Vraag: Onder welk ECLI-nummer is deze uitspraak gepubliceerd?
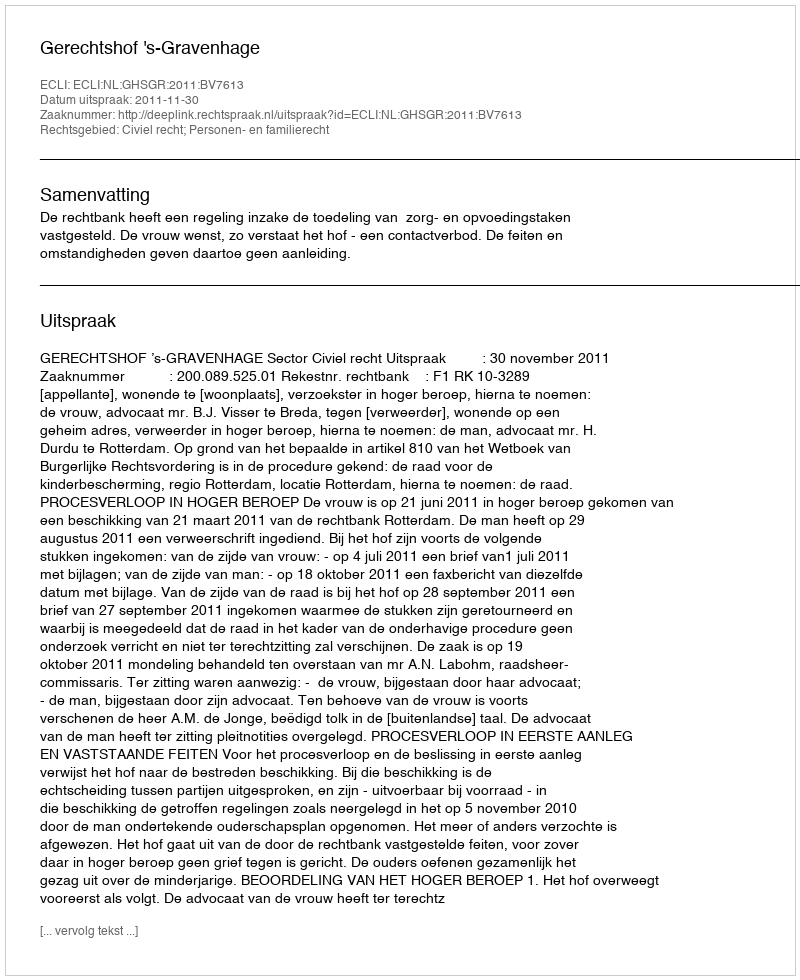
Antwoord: ECLI:NL:GHSGR:2011:BV7613